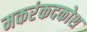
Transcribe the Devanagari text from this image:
मकरंकदकोश